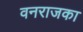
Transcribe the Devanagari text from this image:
वनराजका